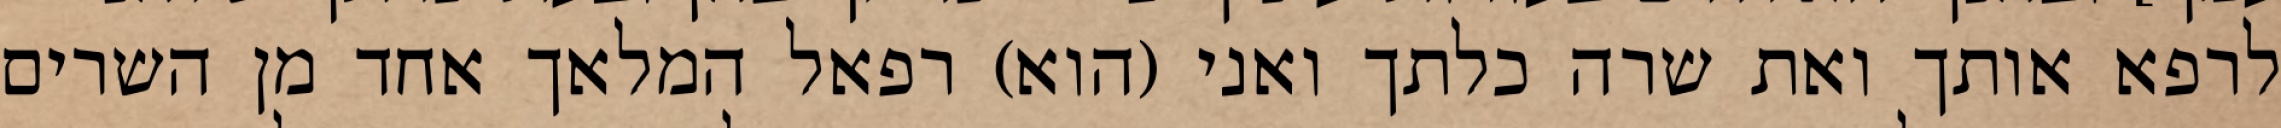
לרפא אותך ואת שרה כלתך ואני (הוא) רפאל המלאך אחד מן השרים